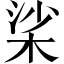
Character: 桬